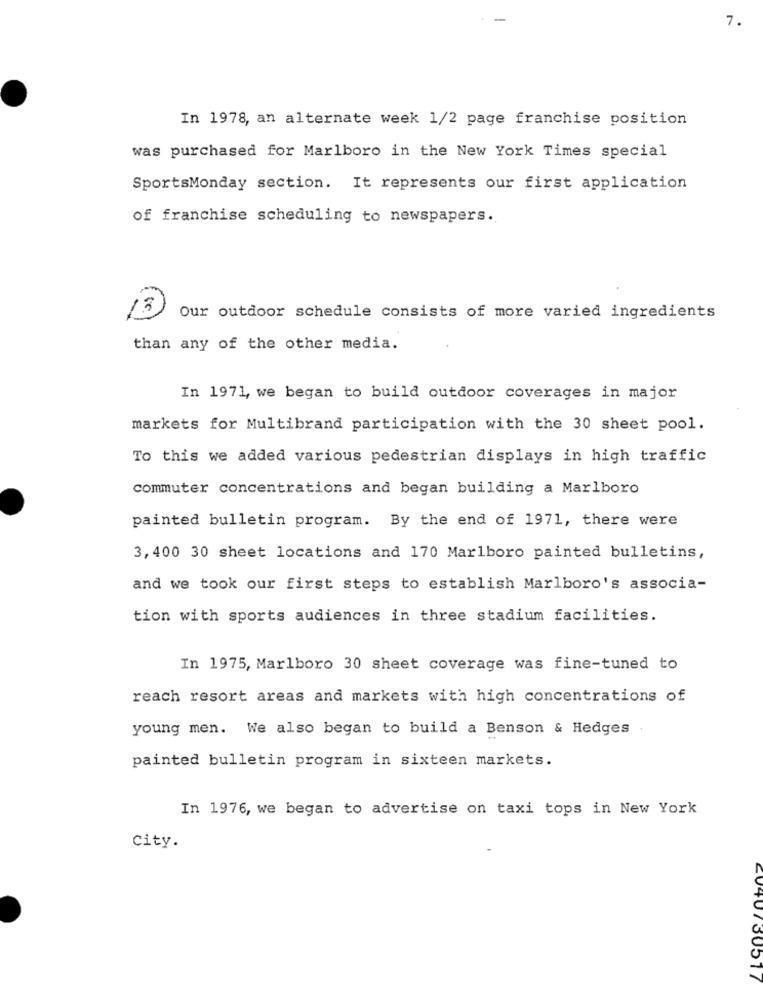
7.
In 1978, an alternate week 1/2 page franchise position
was purchased for Marlboro in the New York Times special
SportsMonday section. It represents our first application
of franchise scheduling to newspapers.
3
Our outdoor schedule consists of more varied ingredients
than any of the other media.
In 1971, we began to build outdoor coverages in major
markets for Multibrand participation with the 30 sheet pool.
To this we added various pedestrian displays in high traffic
commuter concentrations and began building a Marlboro
painted bulletin program. By the end of 1971, there were
3, 400 30 sheet locations and 170 Marlboro painted bulletins,
and we took our first steps to establish Marlboro's associa-
tion with sports audiences in three stadium facilities.
In 1975, Marlboro 30 sheet coverage was fine-tuned to
reach resort areas and markets with high concentrations of
young men. We also began to build a Benson & Hedges
painted bulletin program in sixteen markets.
In 1976, we began to advertise on taxi tops in New York
City.
CU407 30517